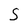
Character: S